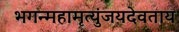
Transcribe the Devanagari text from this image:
भगन्महामृत्युंजयदेवताय